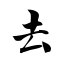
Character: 去